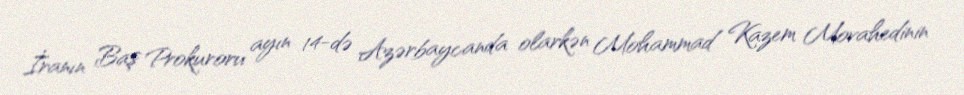
İranın Baş Prokuroru ayın 14-də Azərbaycanda olarkən Mohammad Kazem Movahedinin